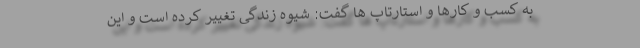
به کسب و کارها و استارتاپ ها گفت: شیوه زندگی تغییر کرده است و این